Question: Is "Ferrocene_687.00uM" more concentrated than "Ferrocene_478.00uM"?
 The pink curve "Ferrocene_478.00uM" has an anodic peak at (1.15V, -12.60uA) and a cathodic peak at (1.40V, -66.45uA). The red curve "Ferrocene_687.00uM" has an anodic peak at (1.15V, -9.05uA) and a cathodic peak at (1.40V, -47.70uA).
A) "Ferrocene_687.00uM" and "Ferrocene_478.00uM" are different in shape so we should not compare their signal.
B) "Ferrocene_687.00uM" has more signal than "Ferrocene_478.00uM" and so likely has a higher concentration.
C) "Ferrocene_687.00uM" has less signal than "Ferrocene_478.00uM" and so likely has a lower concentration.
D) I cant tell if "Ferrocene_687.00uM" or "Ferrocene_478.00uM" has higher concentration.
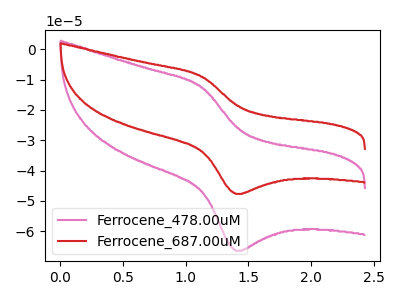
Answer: <think>All the peaks in "Ferrocene_687.00uM" have a peak in "Ferrocene_478.00uM" at the same potential.
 </think>
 <answer>D) I cant tell if "Ferrocene_687.00uM" or "Ferrocene_478.00uM" has higher concentration.</answer>
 <eval>D</eval>